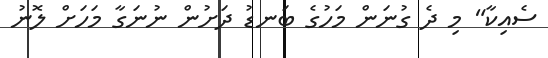
ސެއިކާ" މި ދެ ގުނަން މަހުގެ ބަނޑު ދަށުން ނުނަގާ މަހަށް ލޮނު